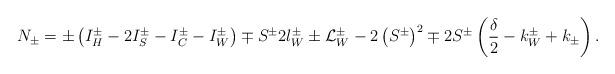
LaTeX: \begin{align*}N_{\pm }=\pm \left( I_{H}^{\pm }-2I^{\pm }_{S}-I^{\pm }_{C}-I^{\pm }_{W}\right) \mp S^{\pm }2l_{W}^{\pm }\pm {\cal L}^{\pm }_{W}-2\left( S^{\pm }\right) ^{2}\mp 2S^{\pm }\left( \displaystyle\frac{\delta }{2}-k_{W}^{\pm }+k_{\pm }\right) .\end{align*}